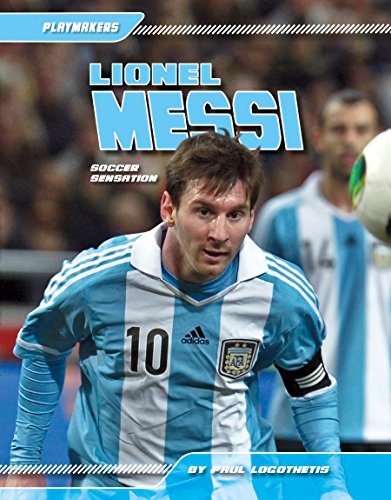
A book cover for Lionel Messi: Soccer Sensation (Playmakers); Paul Logothetis; Children's Books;